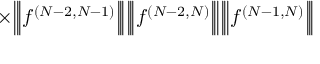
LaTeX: \times \Big | \! \Big | \! \Big | f ^ { ( N - 2 , N - 1 ) } \Big | \! \Big | \! \Big | \Big | \! \Big | \! \Big | f ^ { ( N - 2 , N ) } \Big | \! \Big | \! \Big | \Big | \! \Big | \! \Big | f ^ { ( N - 1 , N ) } \Big | \! \Big | \! \Big |